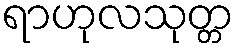
ရာဟုလသုတ္တ